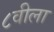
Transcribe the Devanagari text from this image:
८वीला